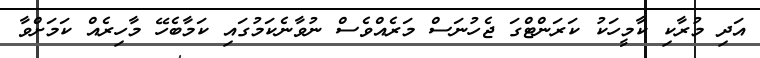
އަދި މުރާކި ކާމީހަކު ކަރަންޓްގަ ޖެހުނަސް މަރެއްވެސް ނުވާނެކަމުގައި ކަމާބެހޭ މާހިރެއް ކަމަށްވާ